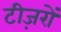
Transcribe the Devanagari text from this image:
टीज़रों